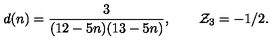
d ( n ) = { \frac { 3 } { ( 1 2 - 5 n ) ( 1 3 - 5 n ) } } , \qquad { \cal Z } _ { 3 } = - 1 / 2 .